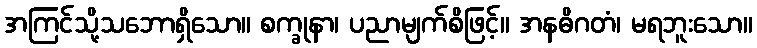
အကြင်သို့သဘောရှိသော။ စက္ခုနာ၊ ပညာမျက်စိဖြင့်။ အနဓိဂတံ၊ မရဘူးသော။